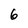
Character: 6